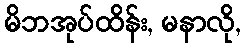
မိဘအုပ်ထိန်း, မနာလို,